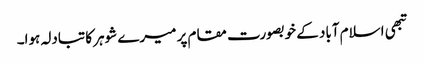
تبھی اسلام آباد کے خوبصورت مقام پر میرے شوہر کا تبادلہ ہوا۔